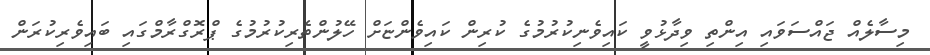
މިސާލެއް ޖައްސަވައި އިންތި ވިދާޅުވީ ކައިވެނިކުރުމުގެ ކުރިން ކައިވެންޏަށް ހޭލުންތެރިކުރުމުގެ ޕްރޮގްރާމްގައި ބައިވެރިކުރަން